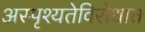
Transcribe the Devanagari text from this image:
अस्पृश्यतेविरोधात